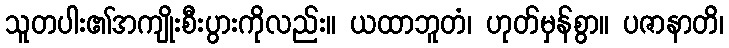
သူတပါး၏အကျိုးစီးပွားကိုလည်း။ ယထာဘူတံ၊ ဟုတ်မှန်စွာ။ ပဇာနာတိ၊